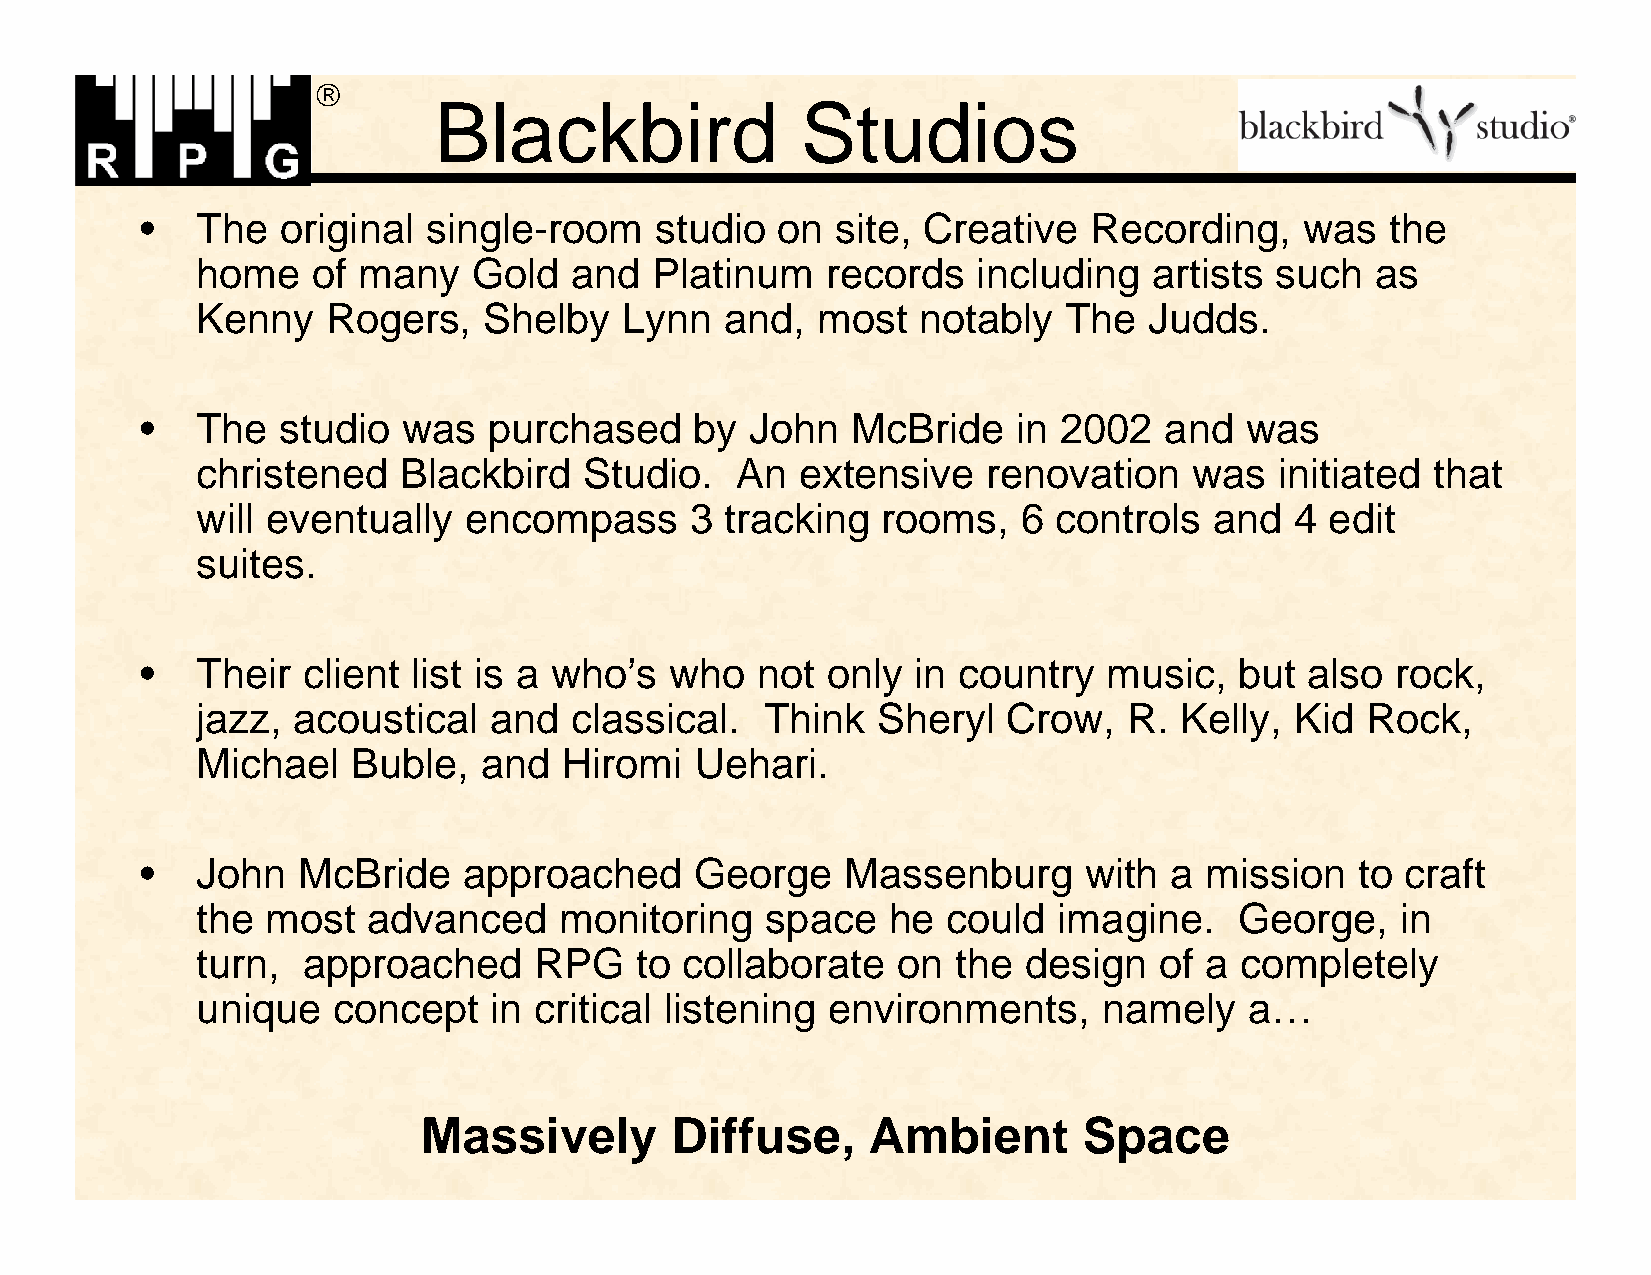

 Blackbird               Studios
 •   The   original single-room    studio  on  site, Creative   Recording,    was   the
 home    of many   Gold   and  Platinum    records   including  artists such   as
 Kenny    Rogers,   Shelby   Lynn   and,  most   notably  The   Judds.
 •   The   studio  was  purchased     by  John  McBride    in 2002   and  was
 christened   Blackbird    Studio.   An  extensive   renovation    was   initiated that
 will eventually   encompass      3 tracking  rooms,    6 controls  and   4 edit
 suites.
 •   Their  client list is a who’s  who   not  only  in country  music,   but  also rock,
 jazz, acoustical   and   classical.   Think  Sheryl   Crow,   R. Kelly,  Kid Rock,
 Michael   Buble,   and  Hiromi   Uehari.
 •   John   McBride    approached     George    Massenburg      with a  mission   to craft
 the  most  advanced     monitoring    space   he  could  imagine.    George,    in
 turn,  approached     RPG    to collaborate   on  the  design   of a completely
 unique   concept   in critical listening  environments,     namely    a…
 Massively       Diffuse,     Ambient        Space